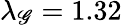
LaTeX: \lambda_{\mathscr{G}}=1.32